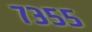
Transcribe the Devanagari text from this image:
७३५५